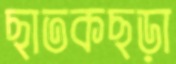
ছাতকছড়া